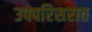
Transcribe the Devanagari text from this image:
उपपरिसरात